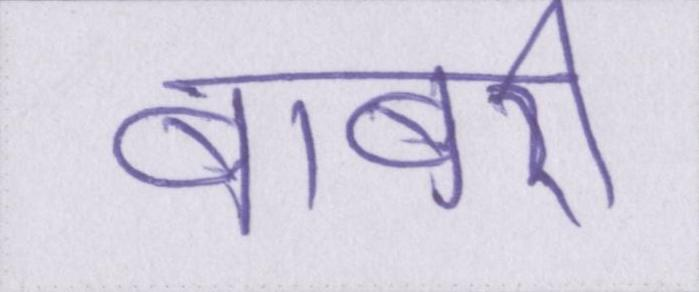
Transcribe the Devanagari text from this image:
बाबरी